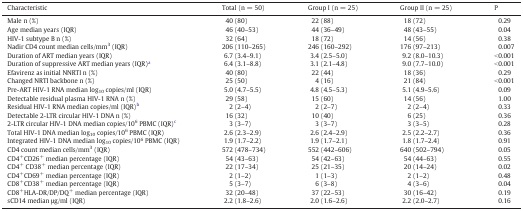
<table><thead><tr><td><b>Characteristic</b></td><td><b>Total (n = 50)</b></td><td><b>Group I (n = 25)</b></td><td><b>Group II (n = 25)</b></td><td><b>P</b></td></tr></thead><tbody><tr><td>Male n (%)</td><td>40 (80)</td><td>22 (88)</td><td>18 (72)</td><td>0.29</td></tr><tr><td>Age median years (IQR)</td><td>46 (40–53)</td><td>44 (36–49)</td><td>48 (43–55)</td><td>0.04</td></tr><tr><td>HIV-1 subtype B n (%)</td><td>32 (64)</td><td>18 (72)</td><td>14 (56)</td><td>0.38</td></tr><tr><td>Nadir CD4 count median cells/mm<sup>3</sup> (IQR)</td><td>206 (110–265)</td><td>246 (160–292)</td><td>176 (97–213)</td><td>0.007</td></tr><tr><td>Duration of ART median years (IQR)</td><td>6.7 (3.4–9.1)</td><td>3.4 (2.5–5.0)</td><td>9.2 (8.0–10.3)</td><td>&lt; 0.001</td></tr><tr><td>Duration of suppressive ART median years (IQR)a</td><td>6.4 (3.1–8.8)</td><td>3.1 (2.1–4.8)</td><td>9.0 (7.7–10.0)</td><td>&lt; 0.001</td></tr><tr><td>Efavirenz as initial NNRTI n (%)</td><td>40 (80)</td><td>22 (44)</td><td>18 (36)</td><td>0.29</td></tr><tr><td>Changed NRTI backbone n (%)</td><td>25 (50)</td><td>4 (16)</td><td>21 (84)</td><td>&lt; 0.001</td></tr><tr><td>Pre-ART HIV-1 RNA median log<sub>10</sub> copies/ml (IQR)</td><td>5.0 (4.7–5.5)</td><td>4.8 (4.5–5.3)</td><td>5.1 (4.9–5.6)</td><td>0.09</td></tr><tr><td>Detectable residual plasma HIV-1 RNA n (%)</td><td>29 (58)</td><td>15 (60)</td><td>14 (56)</td><td>1.00</td></tr><tr><td>Residual HIV-1 RNA median copies/ml (IQR)b</td><td>2 (2–4)</td><td>2 (2–7)</td><td>2 (2–4)</td><td>0.33</td></tr><tr><td>Detectable 2-LTR circular HIV-1 DNA n (%)</td><td>16 (32)</td><td>10 (40)</td><td>6 (25)</td><td>0.36</td></tr><tr><td>2-LTR circular HIV-1 DNA median copies/10<sup>6</sup> PBMC (IQR)c</td><td>3 (3–7)</td><td>3 (3–7)</td><td>3 (3–5)</td><td>0.28</td></tr><tr><td>Total HIV-1 DNA median log<sub>10</sub> copies/10<sup>6</sup> PBMC (IQR)</td><td>2.6 (2.3–2.9)</td><td>2.6 (2.4–2.9)</td><td>2.5 (2.2–2.7)</td><td>0.36</td></tr><tr><td>Integrated HIV-1 DNA median log<sub>10</sub> copies/10<sup>6</sup> PBMC (IQR)</td><td>1.9 (1.7–2.2)</td><td>1.9 (1.7–2.1)</td><td>1.8 (1.7–2.4)</td><td>0.91</td></tr><tr><td>CD4 count median cells/mm<sup>3</sup> (IQR)</td><td>572 (478–734)</td><td>552 (442–606)</td><td>640 (502–794)</td><td>0.05</td></tr><tr><td>CD4<sup>+</sup>CD26<sup>+</sup> median percentage (IQR)</td><td>54 (43–63)</td><td>54 (42–63)</td><td>54 (44–63)</td><td>0.55</td></tr><tr><td>CD4<sup>+</sup> CD38<sup>+</sup> median percentage (IQR)</td><td>22 (17–34)</td><td>25 (21–35)</td><td>20 (14–24)</td><td>0.02</td></tr><tr><td>CD4<sup>+</sup>CD69<sup>+</sup> median percentage (IQR)</td><td>2 (1–2)</td><td>1 (1–3)</td><td>2 (1–2)</td><td>0.48</td></tr><tr><td>CD8<sup>+</sup>CD38<sup>+</sup> median percentage (IQR)</td><td>5 (3–7)</td><td>6 (3–8)</td><td>4 (3–6)</td><td>0.04</td></tr><tr><td>CD8<sup>+</sup>HLA-DR/DP/DQ<sup>+</sup> median percentage (IQR)</td><td>32 (20–48)</td><td>37 (22–53)</td><td>30 (16–42)</td><td>0.19</td></tr><tr><td>sCD14 median μg/ml (IQR)</td><td>2.2 (1.8–2.6)</td><td>2.0 (1.6–2.6)</td><td>2.2 (2.0–2.7)</td><td>0.16</td></tr></tbody></table>